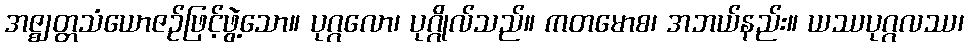
အဇ္ဈတ္တသံယောဇဉ်ဖြင့်ဖွဲ့သော။ ပုဂ္ဂလော၊ ပုဂ္ဂိုလ်သည်။ ကတမောစ၊ အဘယ်နည်း။ ယဿပုဂ္ဂလဿ၊